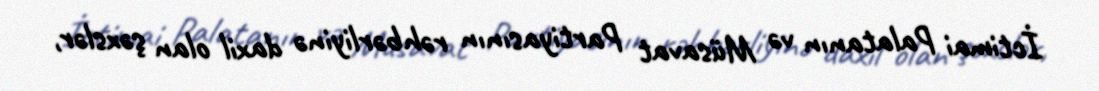
İctimai Palatanın və Müsavat Partiyasının rəhbərliyinə daxil olan şəxslər,